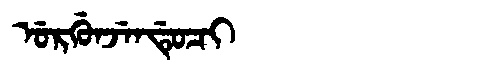
Manchu: ᡠᡵᡤᡠᠨᠵᡝᠨᡩᡠᠴᡳ
Romanization: URGUNJENDUCI